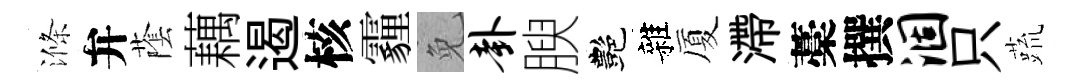
滌弁䕃藕遏核霾免卦腴艷雜厦滯藁撰涸只蔬